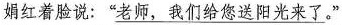
娟红着脸说：”\underline{老师，我们给您送阳光来了}。”